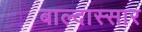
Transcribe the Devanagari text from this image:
बाल्दास्सार